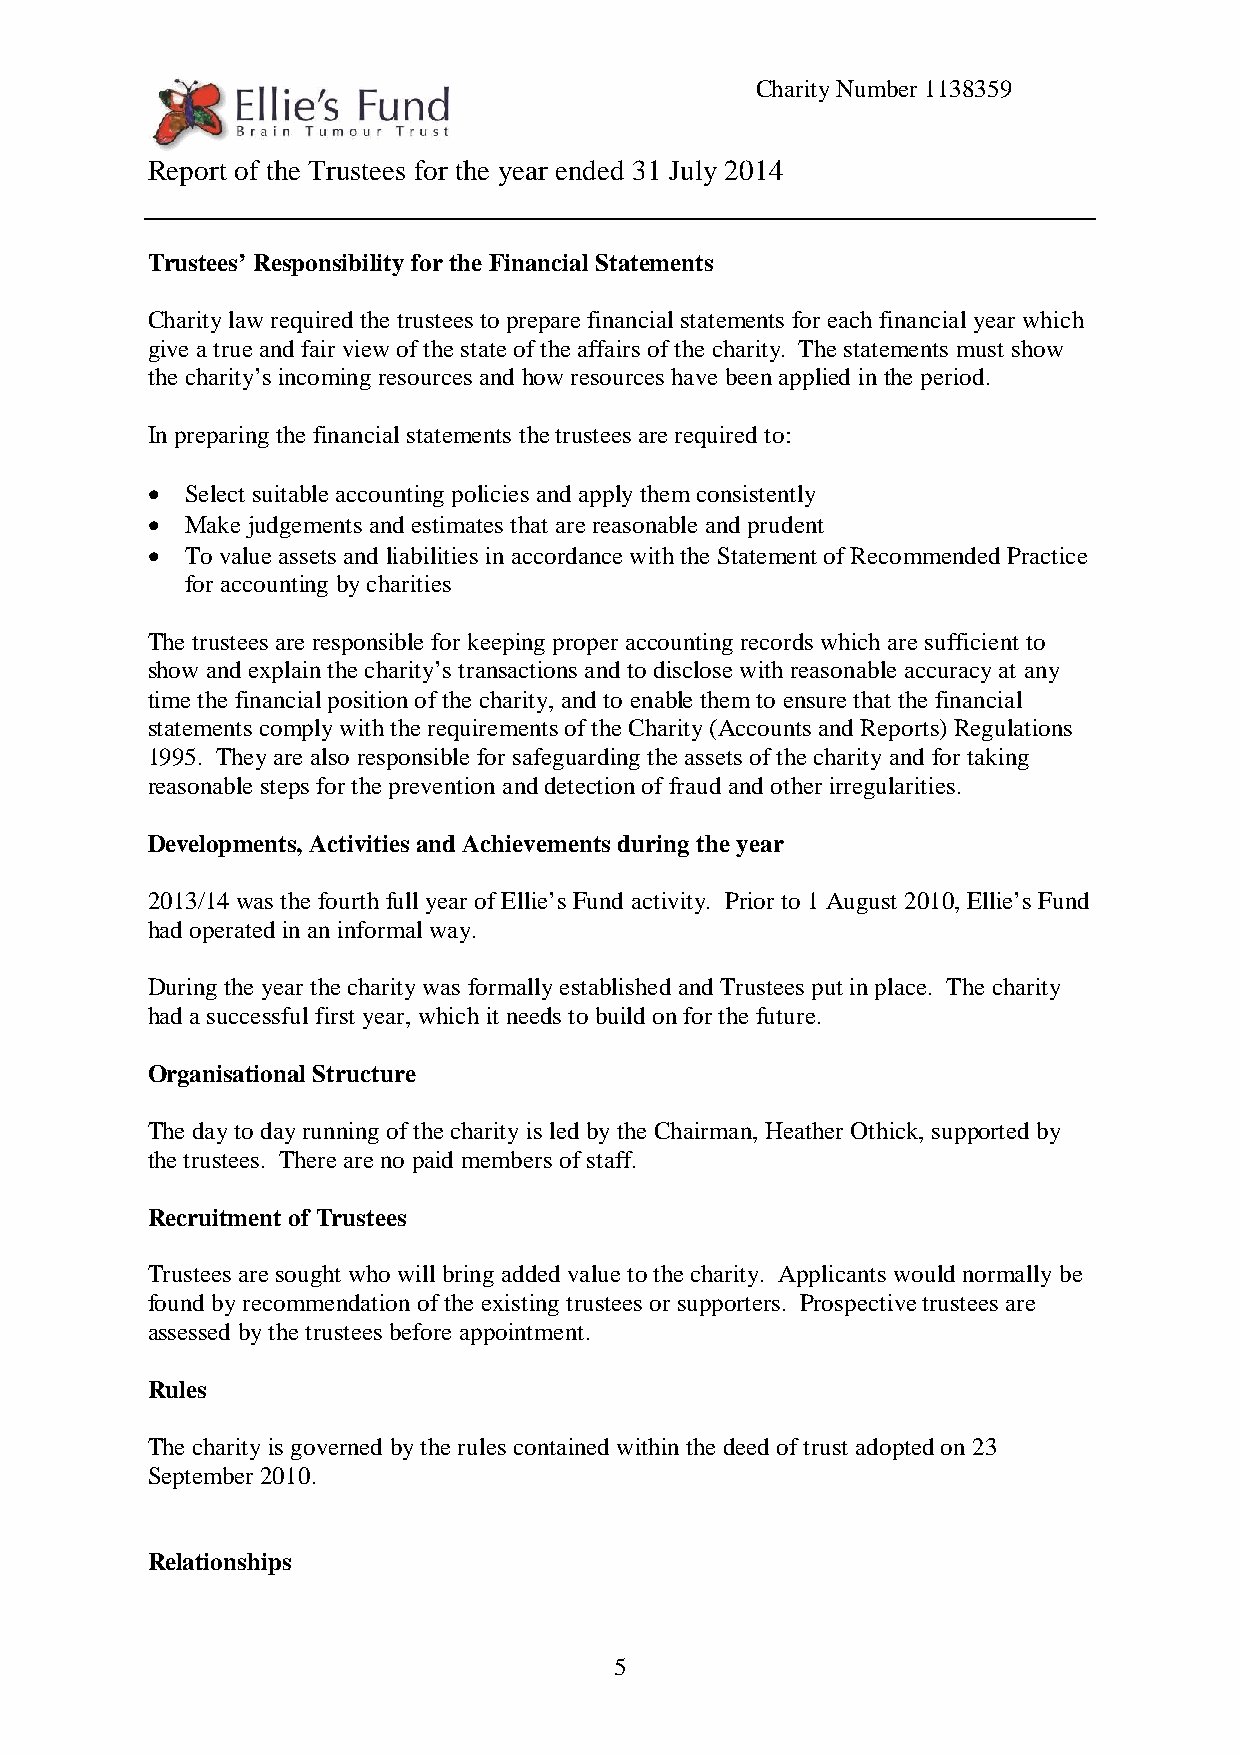
Charity Number 1138359
 Report of the Trustees for the year ended 31 July 2014
 Trustees’ Responsibility for the Financial Statements
 Charity law required the trustees to prepare financial statements for each financial year which
 give a true and fair view of the state of the affairs of the charity. The statements must show
 the charity’s incoming resources and how resources have been applied in the period.
 In preparing the financial statements the trustees are required to:
  Select suitable accounting policies and apply them consistently
  Make judgements and estimates that are reasonable and prudent
  To value assets and liabilities in accordance with the Statement of Recommended Practice
 for accounting by charities
 The trustees are responsible for keeping proper accounting records which are sufficient to
 show and explain the charity’s transactions and to disclose with reasonable accuracy at any
 time the financial position of the charity, and to enable them to ensure that the financial
 statements comply with the requirements of the Charity (Accounts and Reports) Regulations
 1995. They are also responsible for safeguarding the assets of the charity and for taking
 reasonable steps for the prevention and detection of fraud and other irregularities.
 Developments, Activities and Achievements during the year
 2013/14 was the fourth full year of Ellie’s Fund activity. Prior to 1 August 2010, Ellie’s Fund
 had operated in an informal way.
 During the year the charity was formally established and Trustees put in place. The charity
 had a successful first year, which it needs to build on for the future.
 Organisational Structure
 The day to day running of the charity is led by the Chairman, Heather Othick, supported by
 the trustees. There are no paid members of staff.
 Recruitment of Trustees
 Trustees are sought who will bring added value to the charity. Applicants would normally be
 found by recommendation of the existing trustees or supporters. Prospective trustees are
 assessed by the trustees before appointment.
 Rules
 The charity is governed by the rules contained within the deed of trust adopted on 23
 September 2010.
 Relationships
 5